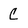
Character: c